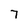
Character: 7